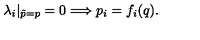
\lambda _ { i } | _ { \tilde { p } = p } = 0 \Longrightarrow p _ { i } = f _ { i } ( q ) { . }